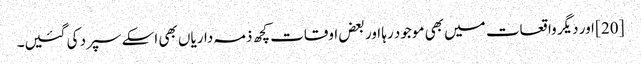
[20] اور دیگر واقعات میں بھی موجود رہا اور بعض اوقات کچھ ذمہ داریاں بھی اسکے سپرد کی گئیں۔